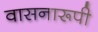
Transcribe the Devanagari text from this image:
वासनारूपी